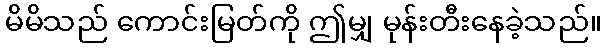
မိမိသည် ကောင်းမြတ်ကို ဤမျှ မုန်းတီးနေခဲ့သည်။